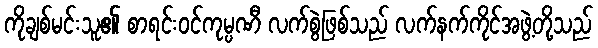
ကိုချစ်မင်းသူ၏ စာရင်းဝင်ကုမ္ပဏီ လက်စွဲဖြစ်သည် လက်နက်ကိုင်အဖွဲ့တို့သည်